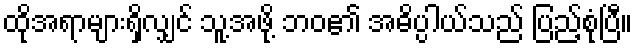
ထိုအရာများရှိလျှင် သူ့အဖို့ ဘဝ၏ အဓိပ္ပါယ်သည် ပြည့်စုံပြီ။